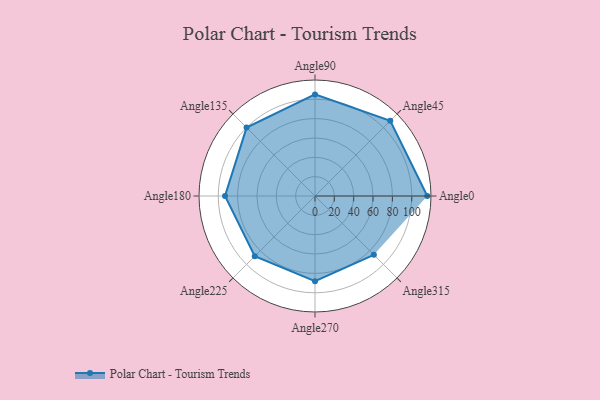
{"axis": {"x": "Angle", "y": "Radius"}, "legend": [""], "data": [{"x": "Angle0", "y": 116.0, "type": ""}, {"x": "Angle45", "y": 110.0, "type": ""}, {"x": "Angle90", "y": 105.0, "type": ""}, {"x": "Angle135", "y": 100.0, "type": ""}, {"x": "Angle180", "y": 93.0, "type": ""}, {"x": "Angle225", "y": 88.0, "type": ""}, {"x": "Angle270", "y": 88.0, "type": ""}, {"x": "Angle315", "y": 86.0, "type": ""}]}